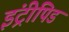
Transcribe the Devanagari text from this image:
इंट्रीपिड